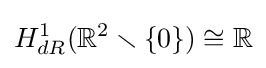
H_{dR}^{1}(\mathbb {R} ^{2}\smallsetminus \{0\})\cong \mathbb {R}